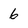
Character: 6